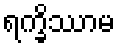
ရက္ခိဿာမ